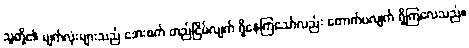
သူတို့၏ မျက်လုံးများသည် အေးစက် တည်ငြိမ်လျက် ရှိနေကြသော်လည်း တောက်ပလျက် ရှိကြလေသည်။